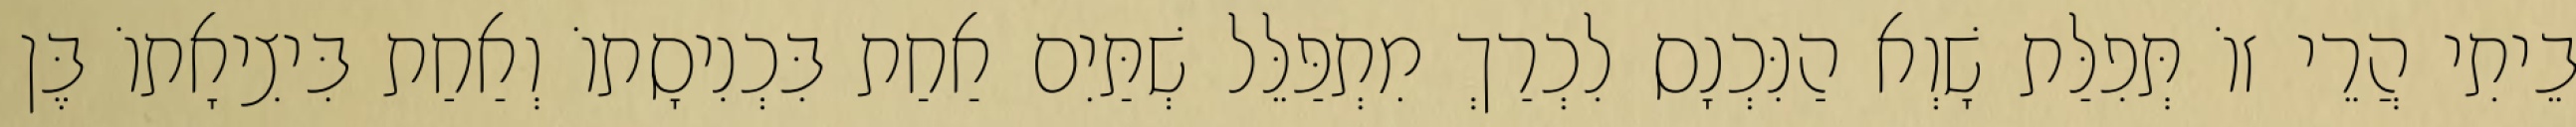
בֵיתִי הֲרֵי זוֹ תְּפִלַּת שָׁוְא הַנִּכְנָס לִכְרַךְ מִתְפַּלֵּל שְׁתַּיִם אַחַת בִּכְנִיסָתוֹ וְאַחַת בִּיצִיאָתוֹ בֶּן